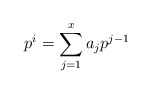
\begin{align*}p^i = \sum_{j=1}^{x} a_j p^{j-1}\end{align*}